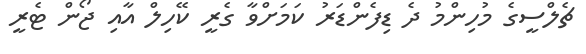
ޗެލްސީގެ މުހިންމު ދެ ޑިފެންޑަރު ކަމަށްވާ ގެރީ ކޭހިލް އާއި ޖޯން ޓެރީ